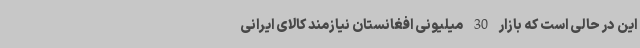
این در حالی است که بازار 30 میلیونی افغانستان نیازمند کالای ایرانی